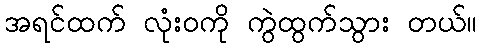
အရင်ထက် လုံးဝကို ကွဲထွက်သွား တယ်။